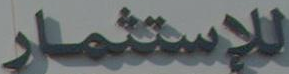
للإستثمار